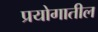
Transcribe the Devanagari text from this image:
प्रयोगातील